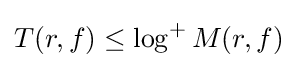
T(r,f)\leq \log ^{+}M(r,f)